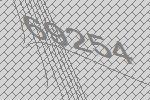
69254